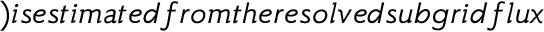
) i s e s t i m a t e d f r o m t h e r e s o l v e d s u b g r i d f l u x